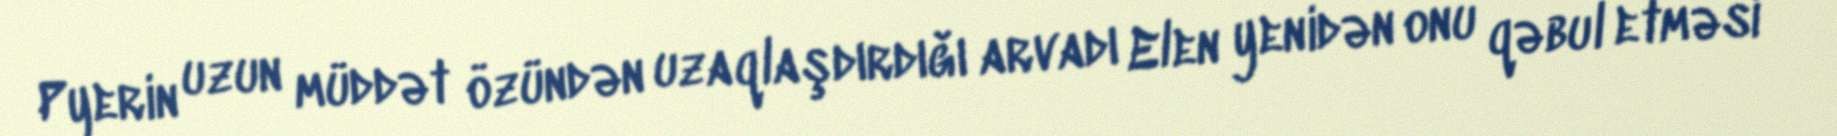
Pyerin uzun müddət özündən uzaqlaşdırdığı arvadı Elen yenidən onu qəbul etməsi